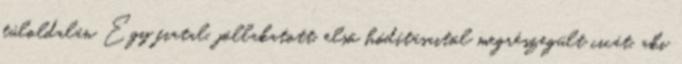
túloldalán Egy fiatal, jóllakatott, első hódításaitól megrészegült cicát, aki